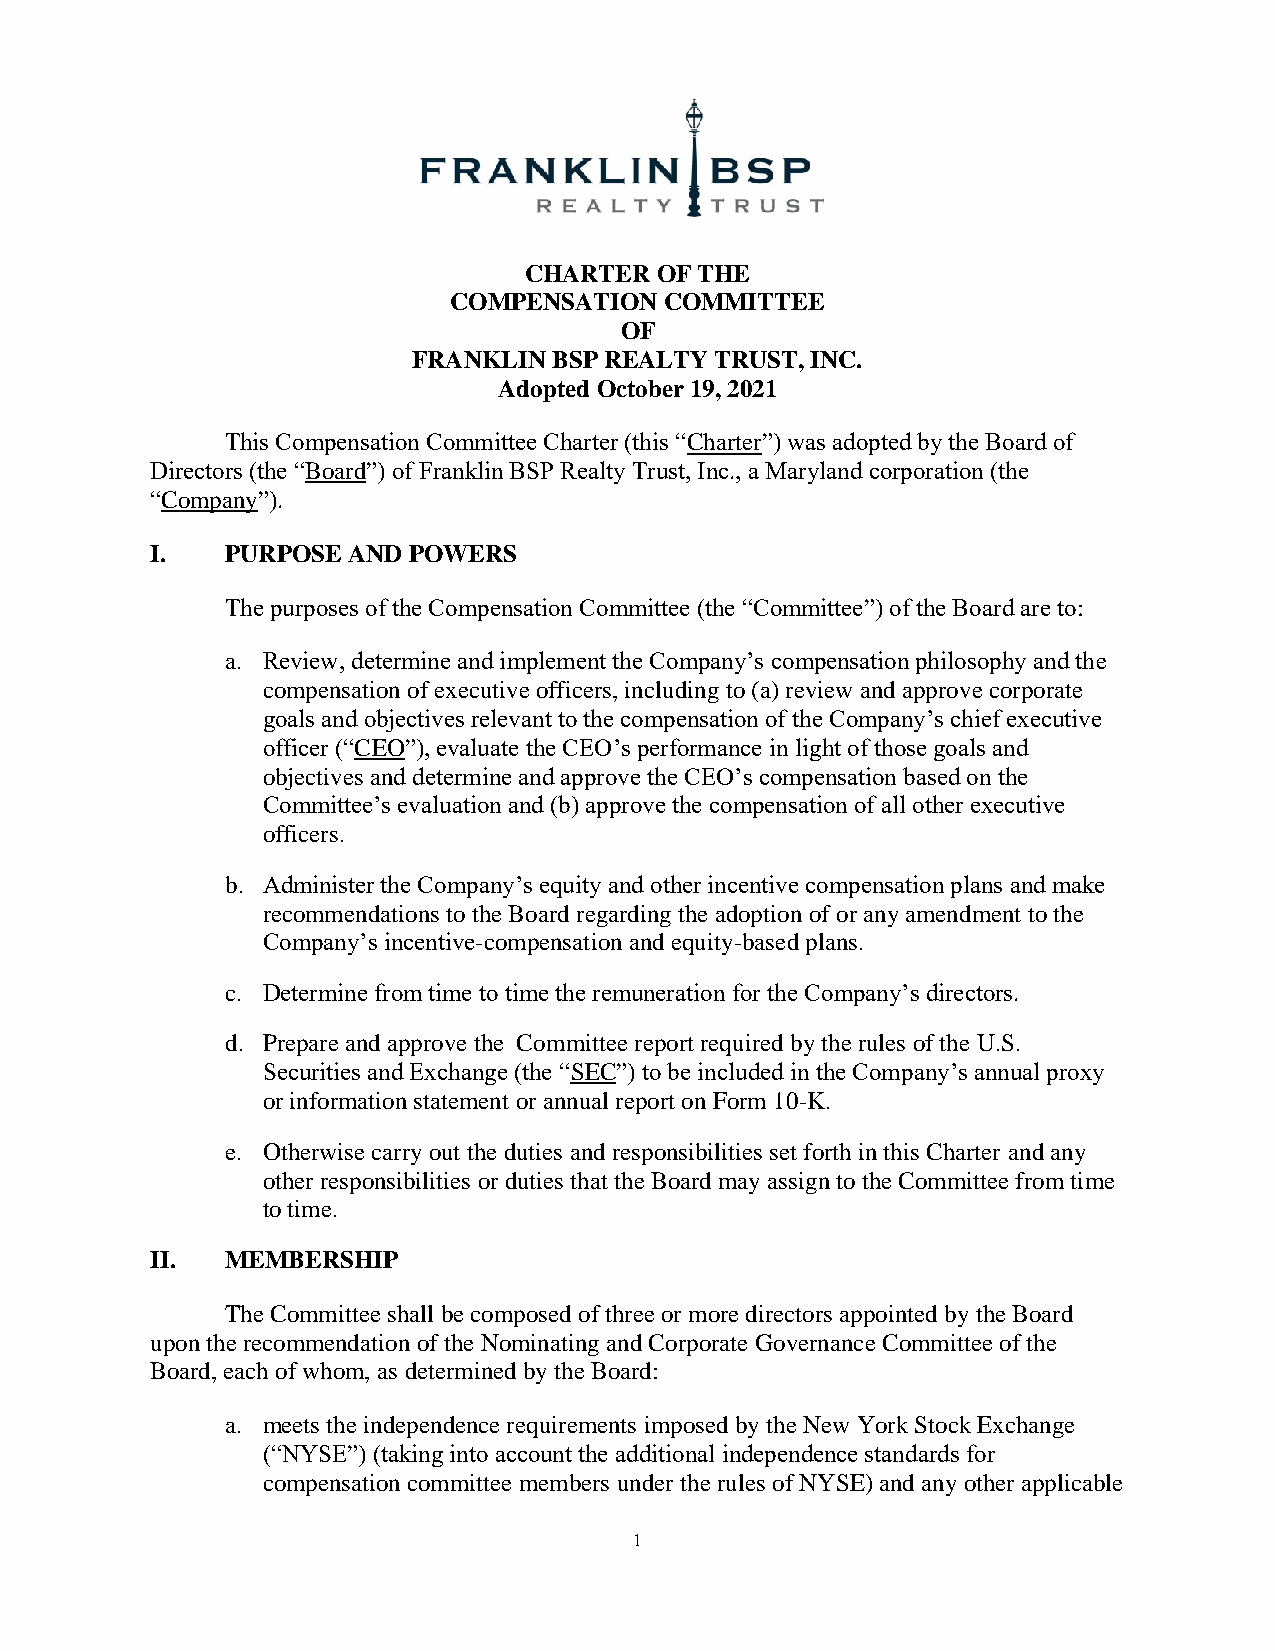
CHARTER OF THE
 COMPENSATION  COMMITTEE
 OF
 FRANKLIN  BSP REALTY TRUST, INC.
 Adopted October 19, 2021
 This Compensation Committee Charter (this “Charter”) was adopted by the Board of
 Directors (the “Board”) of Franklin BSP Realty Trust, Inc., a Maryland corporation (the
 “Company”).
 I.   PURPOSE AND POWERS
 The purposes of the Compensation Committee (the “Committee”) of the Board are to:
 a. Review, determine and implement the Company’s compensation philosophy and the
 compensation of executive officers, including to (a) review and approve corporate
 goals and objectives relevant to the compensation of the Company’s chief executive
 officer (“CEO”), evaluate the CEO’s performance in light of those goals and
 objectives and determine and approve the CEO’s compensation based on the
 Committee’s evaluation and (b) approve the compensation of all other executive
 officers.
 b. Administer the Company’s equity and other incentive compensation plans and make
 recommendations to the Board regarding the adoption of or any amendment to the
 Company’s incentive-compensation and equity-based plans.
 c. Determine from time to time the remuneration for the Company’s directors.
 d. Prepare and approve the Committee report required by the rules of the U.S.
 Securities and Exchange (the “SEC”) to be included in the Company’s annual proxy
 or information statement or annual report on Form 10-K.
 e. Otherwise carry out the duties and responsibilities set forth in this Charter and any
 other responsibilities or duties that the Board may assign to the Committee from time
 to time.
 II.  MEMBERSHIP
 The Committee shall be composed of three or more directors appointed by the Board
 upon the recommendation of the Nominating and Corporate Governance Committee of the
 Board, each of whom, as determined by the Board:
 a. meets the independence requirements imposed by the New York Stock Exchange
 (“NYSE”) (taking into account the additional independence standards for
 compensation committee members under the rules of NYSE) and any other applicable
 1